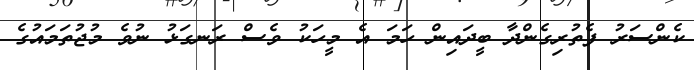
ކެންސަރު ފެތުރިގެންދާ ބީދައިން ހަމަ އެ މީހަކު ވެސް ރަނގަޅު ނުވެ މުޖުތަމައުގެ